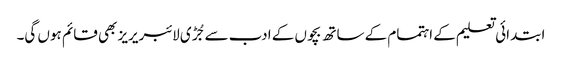
ابتدائی تعلیم کے اہتمام کے ساتھ بچوں کے ادب سے جُڑی لائبریریز بھی قائم ہوں گی۔